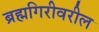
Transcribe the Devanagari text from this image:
ब्रह्मगिरीवरील